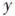
y